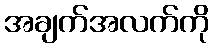
အချက်အလက်ကို